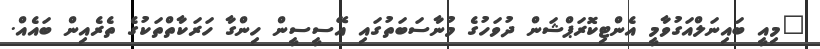
"މިއީ ބައިނަލްއަގުވާމީ އެންޓިކޮރަޕްޝަން ދުވަހުގެ މުނާސަބަތުގައި އޭސީސީން ހިންގާ ހަރަކާތްތަކުގެ ތެރެއިން ބައެއް.